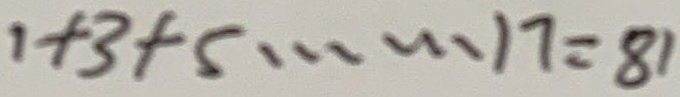
1 + 3 + 5 \cdots 1 7 = 8 1